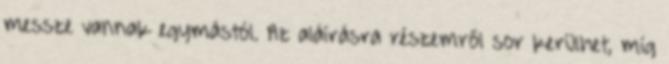
messze vannak egymástól. Az aláírásra részemről sor kerülhet, míg